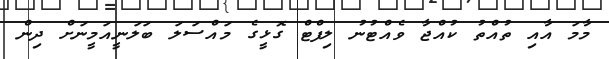
މާމަ އާއި ތުއްތު ކުއްޖާ ވެއްޓުނު ލިފްޓް ގޮޅީގެ މައްސަލަ ބަލަނީއަމީނަށް ދިން